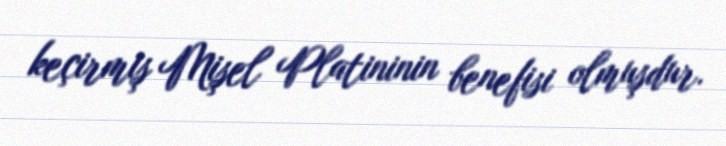
keçirmiş Mişel Platininin benefisi olmuşdur.